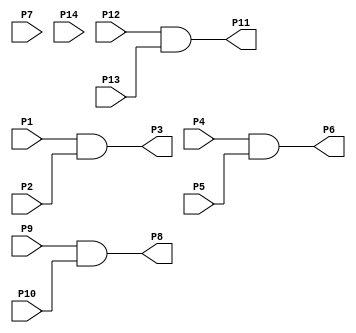
//Verilog Code for AND gate IC IC7408
module IC7408(P1,P2,P3,P4,P5,P6,P7,P8,P9,P10,P11,P12,P13,P14);
input P1,P2,P4,P5,P9,P10,P12,P13;
input P7,P14;//SUPPLY
output P3,P6,P8,P11;

assign P3=P1&P2;
assign P6=P4&P5;
assign P8=P9&P10;
assign P11=P12&P13;
endmodule